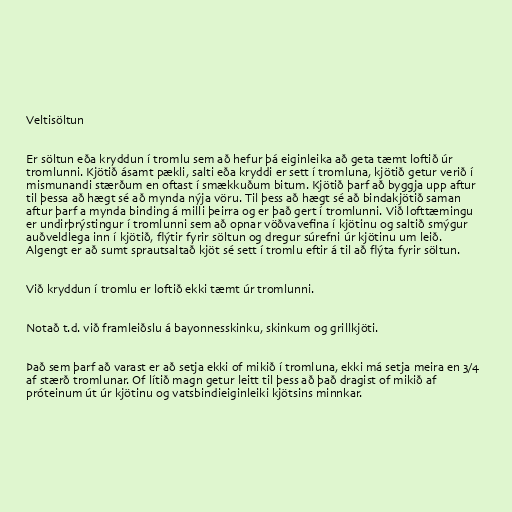
Veltisöltun

Er söltun eða kryddun í tromlu sem að hefur þá eiginleika að geta tæmt loftið úr
tromlunni. Kjötið ásamt pækli, salti eða kryddi er sett í tromluna, kjötið getur verið í
mismunandi stærðum en oftast í smækkuðum bitum. Kjötið þarf að byggja upp aftur
til þessa að hægt sé að mynda nýja vöru. Til þess að hægt sé að bindakjötið saman
aftur þarf a mynda binding á milli þeirra og er það gert í tromlunni. Við lofttæmingu
er undirþrýstingur í tromlunni sem að opnar vöðvavefina í kjötinu og saltið smýgur
auðveldlega inn í kjötið, flýtir fyrir söltun og dregur súrefni úr kjötinu um leið.
Algengt er að sumt sprautsaltað kjöt sé sett í tromlu eftir á til að flýta fyrir söltun.

Við kryddun í tromlu er loftið ekki tæmt úr tromlunni.

Notað t.d. við framleiðslu á bayonnesskinku, skinkum og grillkjöti.

Það sem þarf að varast er að setja ekki of mikið í tromluna, ekki má setja meira en 3/4
af stærð tromlunar. Of lítið magn getur leitt til þess að það dragist of mikið af
próteinum út úr kjötinu og vatsbindieiginleiki kjötsins minnkar.